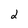
Character: 2